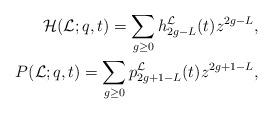
LaTeX: \begin{align*}\mathcal{H}(\mathcal{L};q,t)=\sum_{g\geq 0}h_{2g-L}^{\mathcal{L}}(t)z^{2g-L},\\P(\mathcal{L};q,t)=\sum_{g\geq0}p_{2g+1-L}^{\mathcal{L}}(t)z^{2g+1-L},\end{align*}